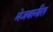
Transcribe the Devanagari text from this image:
मेजवानीत